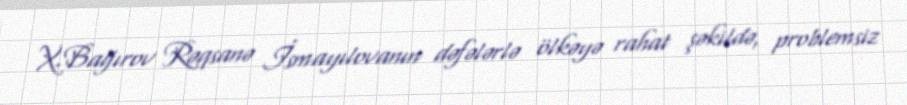
X.Bağırov Rəqsanə İsmayılovanın dəfələrlə ölkəyə rahat şəkildə, problemsiz